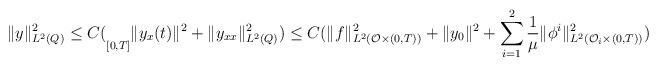
LaTeX: \begin{align*}\|y\|_{L^2(Q)}^2 \leq C (\underset{[0,T]}{}\|y_x(t)\|^2 + \|y_{xx}\|_{L^2(Q)}^2) \leq C (\|f\|_{L^2(\mathcal{O}\times (0,T))}^2 + \|y_0\|^2+ \sum_{i=1}^2 \frac{1}{\mu}\|\phi^i\|_{L^2(\mathcal{O}_i \times (0,T))}^2)\end{align*}